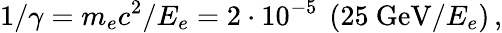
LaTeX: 1/\gamma=m_{e}c^{2}/E_{e}=2\cdot 10^{-5}\ \left(25\ \mathrm{GeV}/E_{e}\right)\, ,